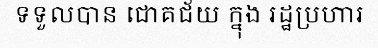
ទទួលបាន ជោគជ័យ ក្នុង រដ្ឋប្រហារ